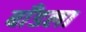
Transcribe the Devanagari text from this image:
बाँडला